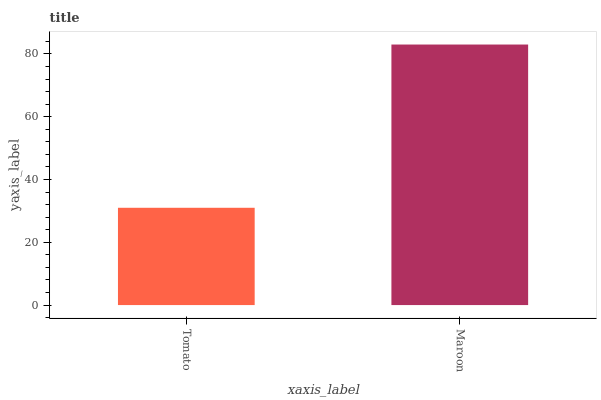
| xaxis_label | bars |
 | --- | --- |
 | Tomato | 31 |
 | Maroon | 83 |